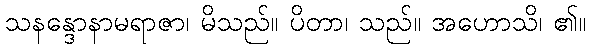
သနန္ဒောနာမရာဇာ၊ မိသည်။ ပိတာ၊ သည်။ အဟောသိ၊ ၏။